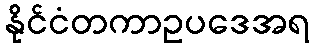
နိုင်ငံတကာဥပဒေအရ